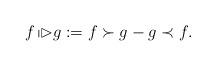
LaTeX: \begin{align*}f \!\shortmid\!\!\rhd g := f \succ g - g \prec f.\end{align*}